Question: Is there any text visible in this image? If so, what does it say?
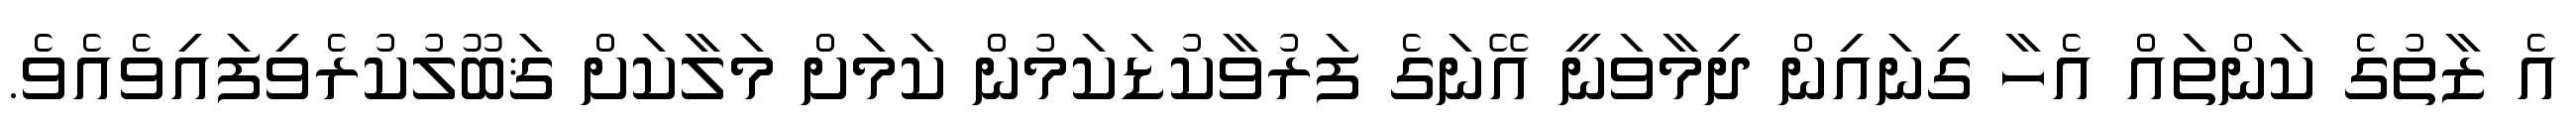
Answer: އެ ޒާތުގެ ކަންތައް އެހާ ގިނައިން ދިމާވަނީ އޭނަގެ ފަރުވާކުޑަކަމުން ކަމަށް މަލާކަށް ޤަބޫލުކުރެވިފައިވެއެވެ.